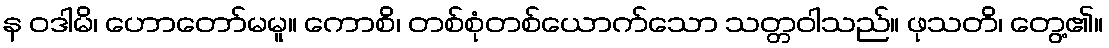
န ဝဒါမိ၊ ဟောတော်မမူ။ ကောစိ၊ တစ်စုံတစ်ယောက်သော သတ္တဝါသည်။ ဖုသတိ၊ တွေ့၏။